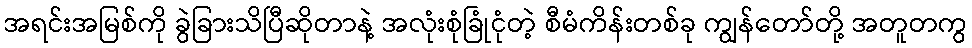
အရင်းအမြစ်ကို ခွဲခြားသိပြီဆိုတာနဲ့ အလုံးစုံခြုံငုံတဲ့ စီမံကိန်းတစ်ခု ကျွန်တော်တို့ အတူတကွ